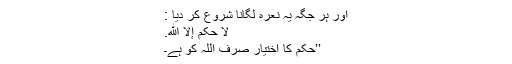
اور ہر جگہ یہ نعرہ لگانا شروع کر دیا :
لَا حُکْمَ إِلَّا ِﷲ.
’’حکم کا اختیار صرف اللہ کو ہے۔